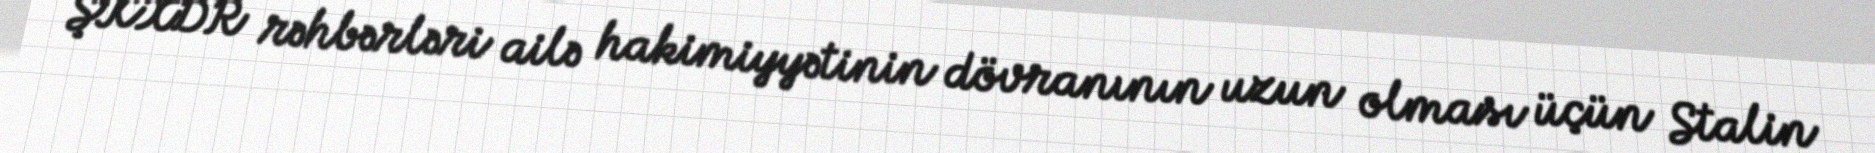
ŞKXDR rəhbərləri ailə hakimiyyətinin dövranının uzun olması üçün Stalin